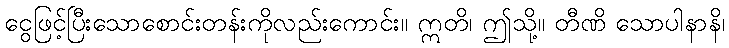
ငွေဖြင့်ပြီးသောစောင်းတန်းကိုလည်းကောင်း။ ဣတိ၊ ဤသို့။ တီဏိ သောပါနာနိ၊